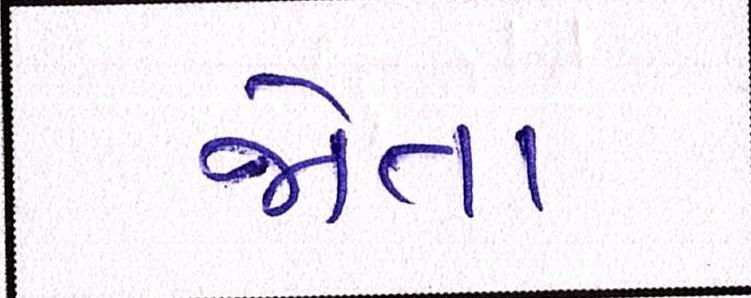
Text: જોતા